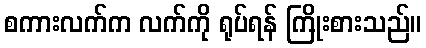
စကားလက်က လက်ကို ရုပ်ရန် ကြိုးစားသည်။